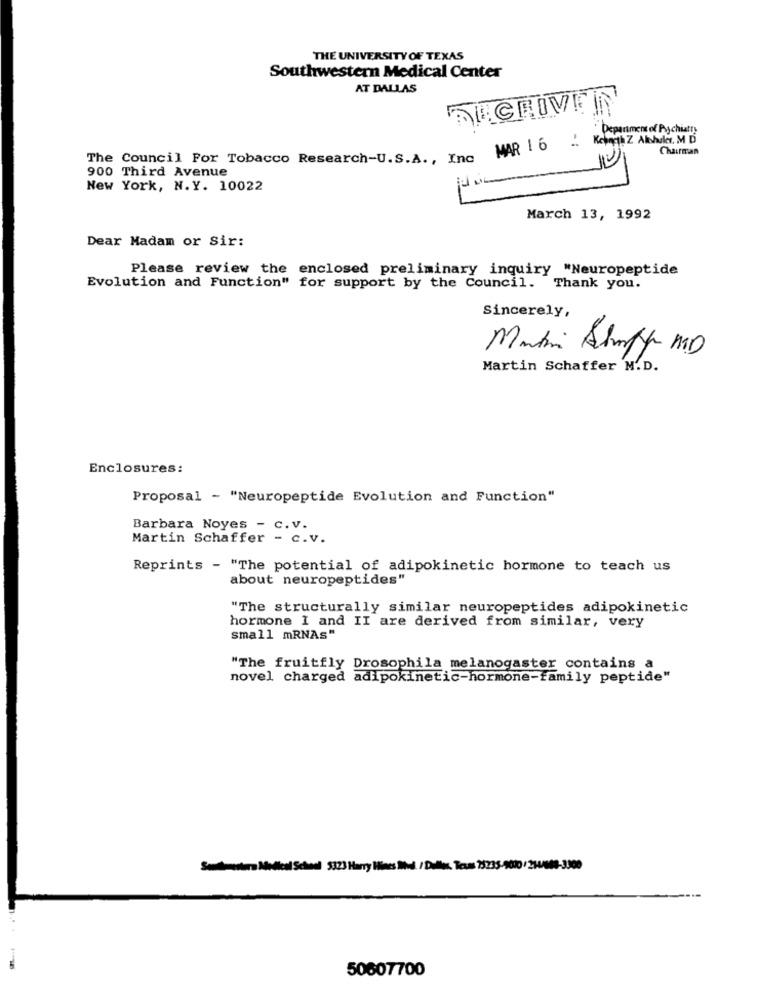
THE UNIVERSITY OF TEXAS
Southwestern Medical Center
AT DALLAS
CRIMEN
Department of Psychiatry
MAR 1 6 .
Kenneth Z Alshuler, M D
Chairman
The Council For Tobacco Research-U.S.A ., Inc
900 Third Avenue
New York, N.Y. 10022
March 13, 1992
Dear Madam or Sir:
Please review the enclosed preliminary inquiry "Neuropeptide
Evolution and Function" for support by the Council. Thank you.
Sincerely,
Matin Shorty MID
Martin Schaffer M.D.
Enclosures:
Proposal - "Neuropeptide Evolution and Function"
Barbara Noyes - c.v.
Martin Schaffer - c.v.
Reprints - "The potential of adipokinetic hormone to teach us
about neuropeptides"
"The structurally similar neuropeptides adipokinetic
hormone I and II are derived from similar, very
small mRNAs"
"The fruitfly Drosophila melanogaster contains a
novel charged adipokinetic-hormone-family peptide"
Sendmefera Medical School 5323 Harry Hines Mod. / Dallas, Texas 75235-9000 /230009-3000
50607700